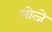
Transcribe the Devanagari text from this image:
लोत्जे